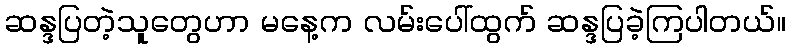
ဆန္ဒပြတဲ့သူတွေဟာ မနေ့က လမ်းပေါ်ထွက် ဆန္ဒပြခဲ့ကြပါတယ်။